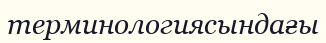
терминологиясындағы